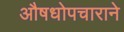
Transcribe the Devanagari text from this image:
औषधोपचाराने